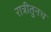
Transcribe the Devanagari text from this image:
रात्रीतुनच